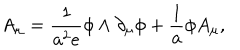
A _ { \mu } = \frac { 1 } { a ^ { 2 } e } \phi \wedge \partial _ { \mu } \phi + \frac { 1 } { a } \phi A _ { \mu } ,